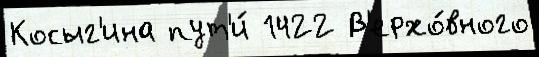
Косыг'ина пут'и́ 1422 В'ерхо́вного